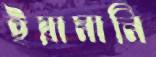
ইয়ামানি